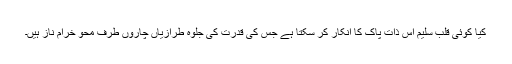
کیا کوئی قلب سلیم اس ذات پاک کا انکار کر سکتا ہے جس کی قدرت کی جلوہ طرازیاں چاروں طرف محو خرامِ ناز ہیں۔